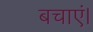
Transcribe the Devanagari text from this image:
बचाएं।